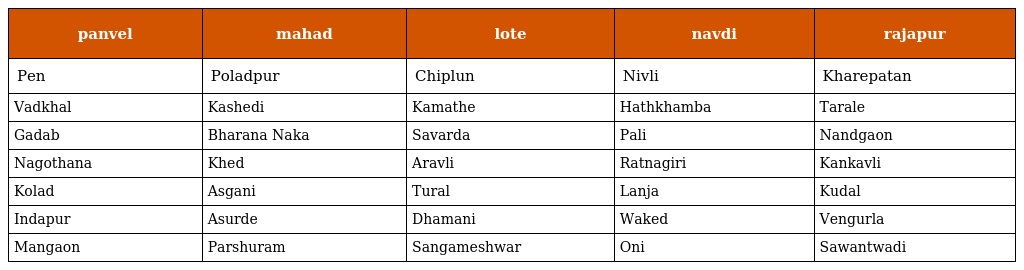
| panvel | mahad | lote | navdi | rajapur |
 | --- | --- | --- | --- | --- |
 | Pen | Poladpur | Chiplun | Nivli | Kharepatan |
 | Vadkhal | Kashedi | Kamathe | Hathkhamba | Tarale |
 | Gadab | Bharana Naka | Savarda | Pali | Nandgaon |
 | Nagothana | Khed | Aravli | Ratnagiri | Kankavli |
 | Kolad | Asgani | Tural | Lanja | Kudal |
 | Indapur | Asurde | Dhamani | Waked | Vengurla |
 | Mangaon | Parshuram | Sangameshwar | Oni | Sawantwadi |